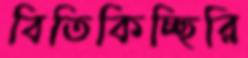
বিতিকিচ্ছিরি